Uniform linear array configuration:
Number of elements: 64
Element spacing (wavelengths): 0.25
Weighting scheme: uniform
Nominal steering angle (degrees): -45
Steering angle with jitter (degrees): -43.368
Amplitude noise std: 0.05
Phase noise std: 0.05

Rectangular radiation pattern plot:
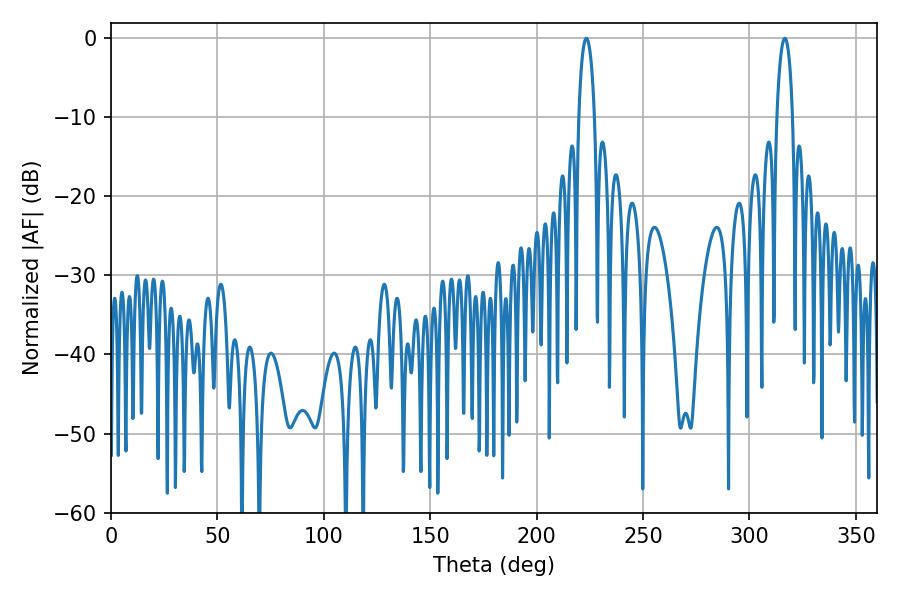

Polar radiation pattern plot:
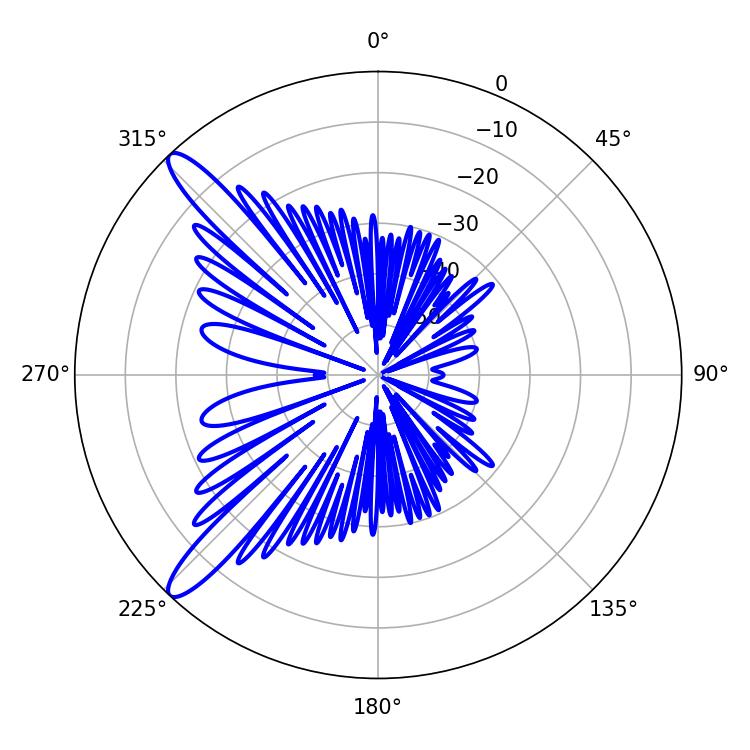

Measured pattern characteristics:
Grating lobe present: FALSE
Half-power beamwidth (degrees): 4.32
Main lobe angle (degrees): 316.62